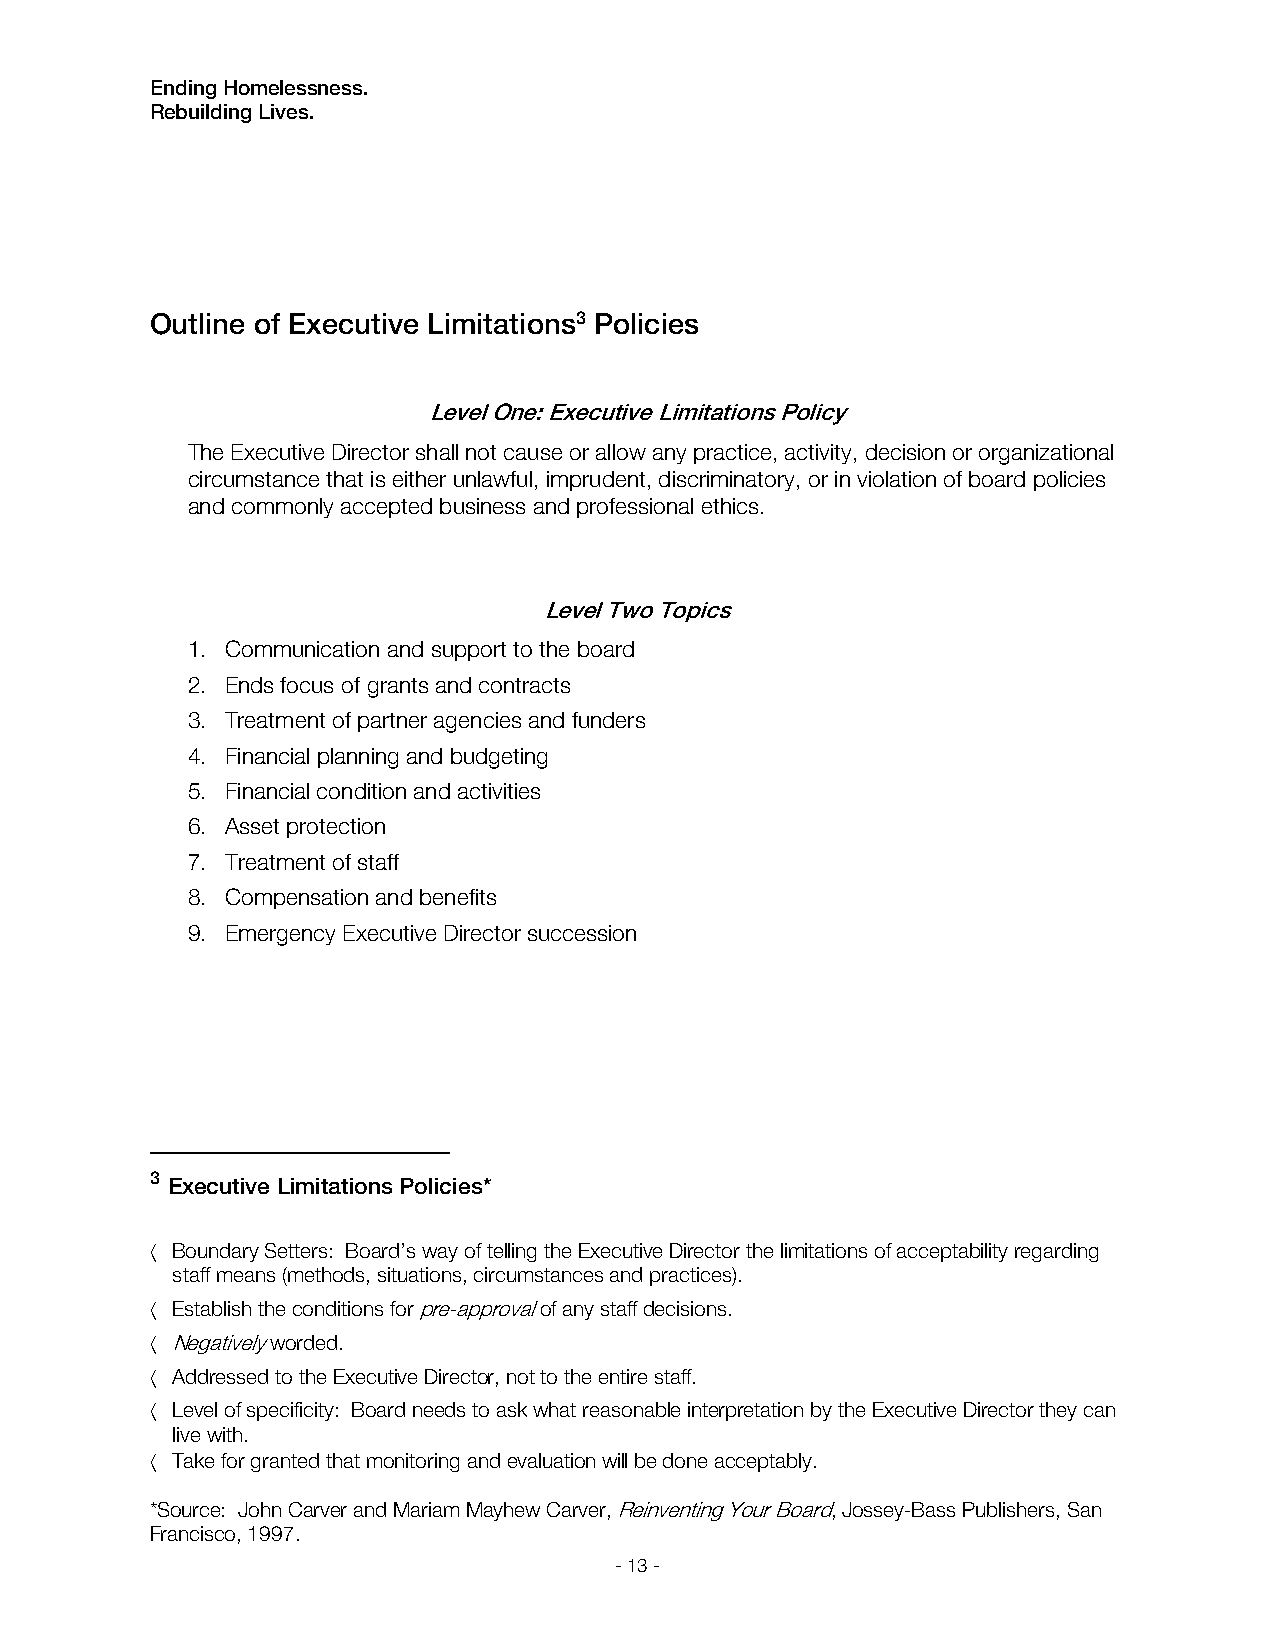
Ending Homelessness.
 Rebuilding Lives.
 Outline of Executive Limitations3 Policies
 Level One: Executive Limitations Policy
 The Executive Director shall not cause or allow any practice, activity, decision or organizational
 circumstance that is either unlawful, imprudent, discriminatory, or in violation of board policies
 and commonly accepted business and professional ethics.
 Level Two Topics
 1. Communication and support to the board
 2. Ends focus of grants and contracts
 3. Treatment of partner agencies and funders
 4. Financial planning and budgeting
 5. Financial condition and activities
 6. Asset protection
 7. Treatment of staff
 8. Compensation and benefits
 9. Emergency Executive Director succession
 3
 Executive Limitations Policies*
  Boundary Setters: Board’s way of telling the Executive Director the limitations of acceptability regarding
 staff means (methods, situations, circumstances and practices).
  Establish the conditions for pre-approval of any staff decisions.
  Negatively worded.
  Addressed to the Executive Director, not to the entire staff.
  Level of specificity: Board needs to ask what reasonable interpretation by the Executive Director they can
 live with.
  Take for granted that monitoring and evaluation will be done acceptably.
 *Source: John Carver and Mariam Mayhew Carver, Reinventing Your Board, Jossey-Bass Publishers, San
 Francisco, 1997.
 - 13 -